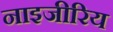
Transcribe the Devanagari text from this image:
नाइजीरिय